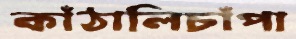
কাঁঠালিচাঁপা